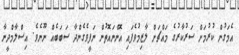
އެމަގުން ކުރުމަށް ސަރުކާރުގެ މައްޗަށް ލާޒިމުވެފައި އޮންނައޮތުން ނަފީވެގެންދާ ސަބަބެއް ނޫނެވެ. އިސްލާމްދީނާ